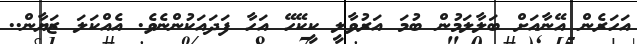
އަހަރެން އޭނާއަށް ބަލާލަމުން ބުމަ އަރުވާލީ ކީކޭހޭ އަހާ ފަދައަކުންނެވެ. އެއްކަލަ ޒަޔާން..